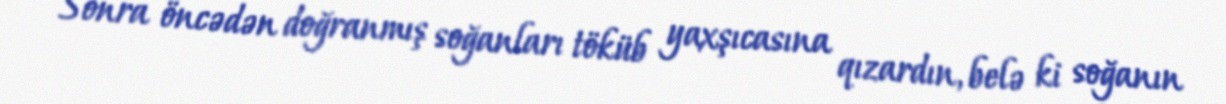
Sonra öncədən doğranmış soğanları töküb yaxşıcasına qızardın, belə ki soğanın